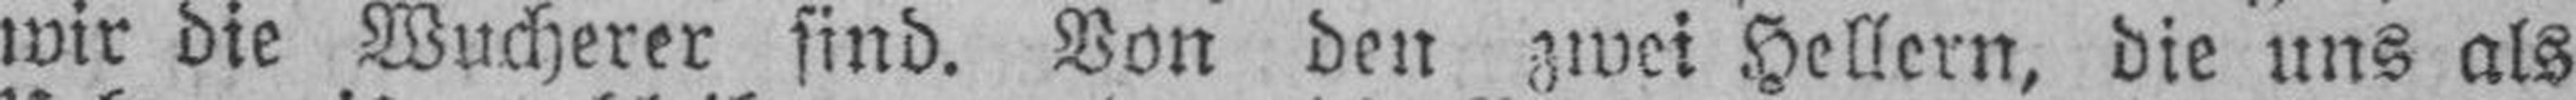
wir die Wucherer find. Von den zwei Hellern, die uns als